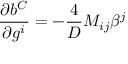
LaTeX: \frac { \partial b ^ { C } } { \partial g ^ { i } } = - \frac { 4 } { D } { M } _ { i j } \beta ^ { j }